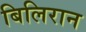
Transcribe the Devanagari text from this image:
बिलिरान